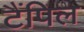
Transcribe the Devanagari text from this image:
टैंपिल